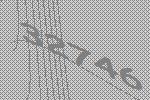
32746